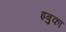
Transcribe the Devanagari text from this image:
इबुका